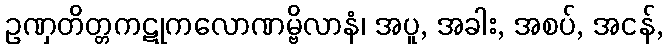
ဥဏှတိတ္တကဋုကလောဏမ္ဗိလာနံ၊ အပူ, အခါး, အစပ်, အငန်,